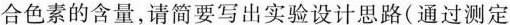
合色素的含量，请简要写出实验设计思路(通过测定